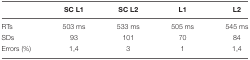
|  | SC L1 | SC L2 | L1 | L2 |
 | --- | --- | --- | --- | --- |
 | RTs | 503 ms | 533 ms | 505 ms | 545 ms |
 | SDs | 93 | 101 | 70 | 84 |
 | Errors (%) | 1,4 | 3 | 1 | 1,4 |